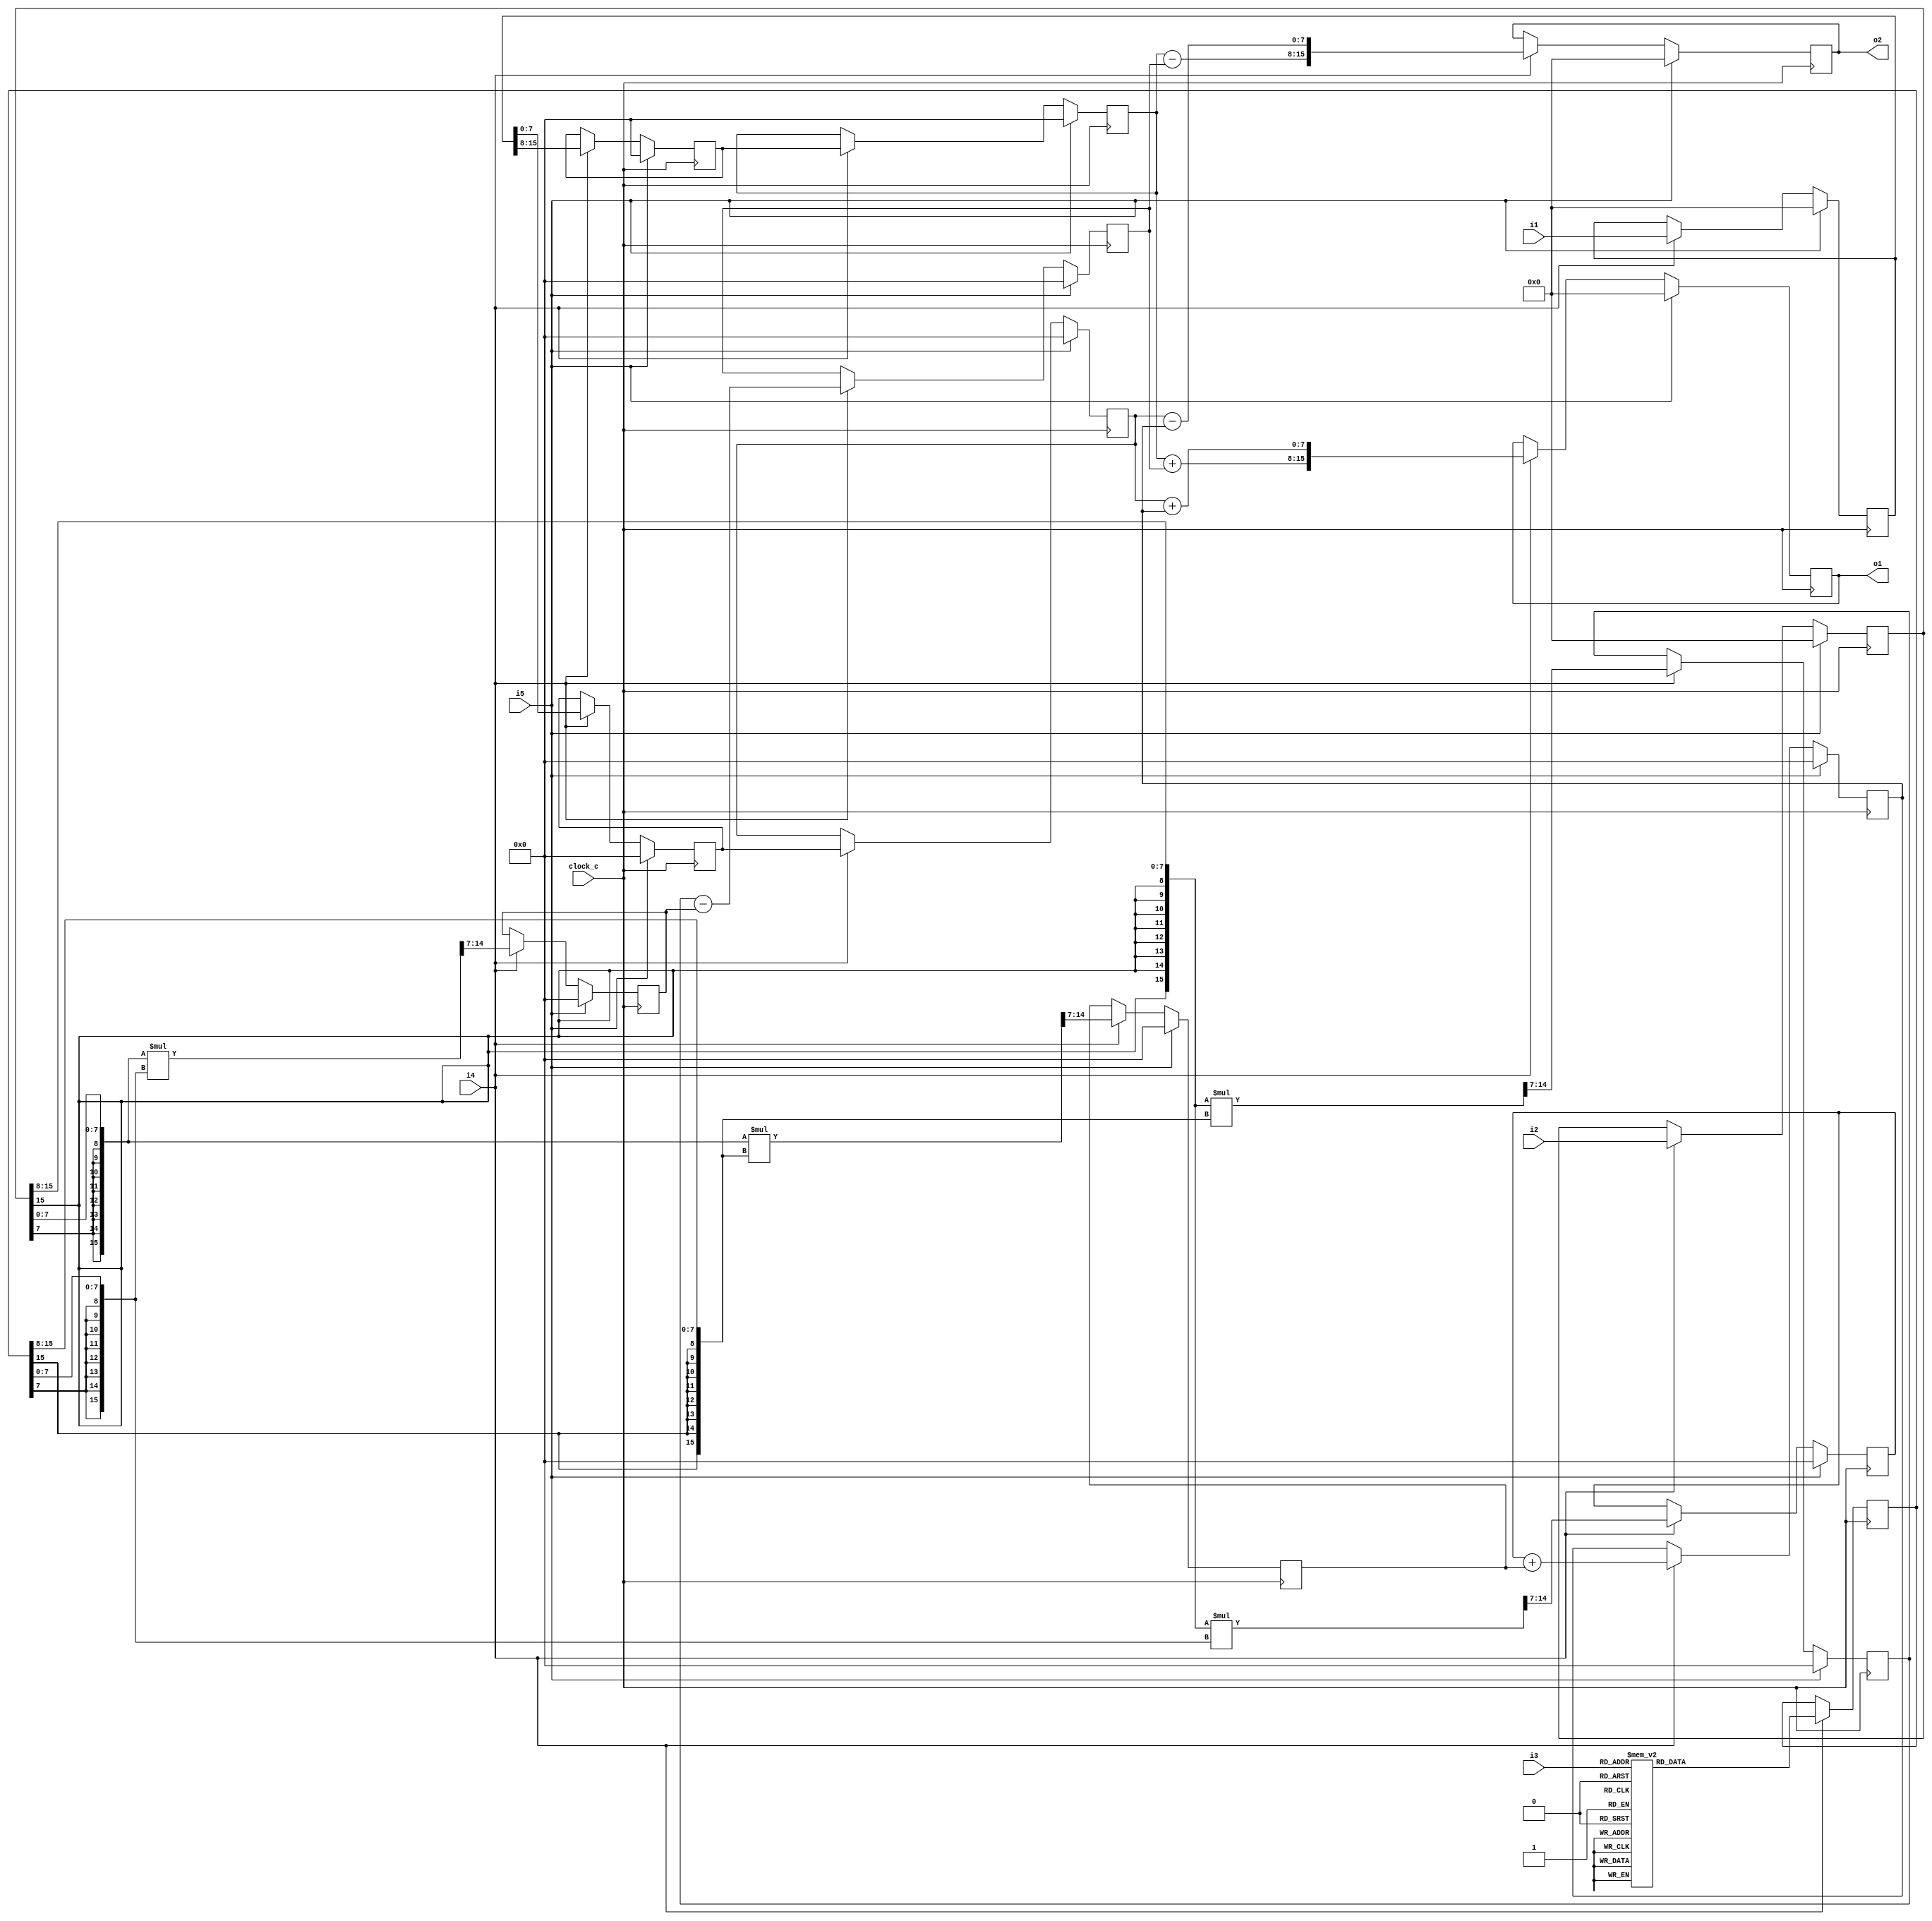
module cf_fft_1024_8_20 (clock_c, i1, i2, i3, i4, i5, o1, o2);
input  clock_c;
input  [15:0] i1;
input  [15:0] i2;
input  [7:0] i3;
input  i4;
input  i5;
output [15:0] o1;
output [15:0] o2;
reg    [15:0] n1;
wire   [7:0] n2;
wire   [7:0] n3;
reg    [15:0] n4;
wire   [7:0] n5;
wire   [7:0] n6;
reg    [7:0] n7;
reg    [7:0] n8;
reg    [7:0] n9;
reg    [7:0] n10;
reg    [15:0] n11;
wire   [7:0] n12;
wire   [7:0] n13;
wire   [15:0] n14;
wire   [7:0] n15;
reg    [7:0] n16;
wire   [15:0] n17;
wire   [7:0] n18;
reg    [7:0] n19;
wire   [7:0] n20;
reg    [7:0] n21;
wire   [15:0] n22;
wire   [7:0] n23;
reg    [7:0] n24;
wire   [15:0] n25;
wire   [7:0] n26;
reg    [7:0] n27;
wire   [7:0] n28;
reg    [7:0] n29;
wire   [7:0] n30;
wire   [7:0] n31;
wire   [15:0] n32;
reg    [15:0] n33;
wire   [7:0] n34;
wire   [7:0] n35;
wire   [15:0] n36;
reg    [15:0] n37;
initial n1 = 16'b0000000000000000;
always @ (posedge clock_c)
  if (i5 == 1'b1)
    n1 <= 16'b0000000000000000;
  else if (i4 == 1'b1)
    n1 <= i1;
assign n2 = {n1[15],
  n1[14],
  n1[13],
  n1[12],
  n1[11],
  n1[10],
  n1[9],
  n1[8]};
assign n3 = {n1[7],
  n1[6],
  n1[5],
  n1[4],
  n1[3],
  n1[2],
  n1[1],
  n1[0]};
initial n4 = 16'b0000000000000000;
always @ (posedge clock_c)
  if (i5 == 1'b1)
    n4 <= 16'b0000000000000000;
  else if (i4 == 1'b1)
    n4 <= i2;
assign n5 = {n4[15],
  n4[14],
  n4[13],
  n4[12],
  n4[11],
  n4[10],
  n4[9],
  n4[8]};
assign n6 = {n4[7],
  n4[6],
  n4[5],
  n4[4],
  n4[3],
  n4[2],
  n4[1],
  n4[0]};
initial n7 = 8'b00000000;
always @ (posedge clock_c)
  if (i5 == 1'b1)
    n7 <= 8'b00000000;
  else if (i4 == 1'b1)
    n7 <= n2;
initial n8 = 8'b00000000;
always @ (posedge clock_c)
  if (i5 == 1'b1)
    n8 <= 8'b00000000;
  else if (i4 == 1'b1)
    n8 <= n7;
initial n9 = 8'b00000000;
always @ (posedge clock_c)
  if (i5 == 1'b1)
    n9 <= 8'b00000000;
  else if (i4 == 1'b1)
    n9 <= n3;
initial n10 = 8'b00000000;
always @ (posedge clock_c)
  if (i5 == 1'b1)
    n10 <= 8'b00000000;
  else if (i4 == 1'b1)
    n10 <= n9;
initial n11 = 16'b0000000000000000;
always @ (posedge clock_c)
  if (i4 == 1'b1)
    case (i3)
      8'b00000000 : n11 <= 16'b0111111100000000;
      8'b00000001 : n11 <= 16'b0111111111111110;
      8'b00000010 : n11 <= 16'b0111111111111100;
      8'b00000011 : n11 <= 16'b0111111111111011;
      8'b00000100 : n11 <= 16'b0111111111111001;
      8'b00000101 : n11 <= 16'b0111111111111000;
      8'b00000110 : n11 <= 16'b0111111111110110;
      8'b00000111 : n11 <= 16'b0111111111110101;
      8'b00001000 : n11 <= 16'b0111111111110011;
      8'b00001001 : n11 <= 16'b0111111111110001;
      8'b00001010 : n11 <= 16'b0111111111110000;
      8'b00001011 : n11 <= 16'b0111111011101110;
      8'b00001100 : n11 <= 16'b0111111011101101;
      8'b00001101 : n11 <= 16'b0111111011101011;
      8'b00001110 : n11 <= 16'b0111111011101010;
      8'b00001111 : n11 <= 16'b0111110111101000;
      8'b00010000 : n11 <= 16'b0111110111100111;
      8'b00010001 : n11 <= 16'b0111110111100101;
      8'b00010010 : n11 <= 16'b0111110011100011;
      8'b00010011 : n11 <= 16'b0111110011100010;
      8'b00010100 : n11 <= 16'b0111110011100000;
      8'b00010101 : n11 <= 16'b0111101111011111;
      8'b00010110 : n11 <= 16'b0111101111011101;
      8'b00010111 : n11 <= 16'b0111101011011100;
      8'b00011000 : n11 <= 16'b0111101011011010;
      8'b00011001 : n11 <= 16'b0111101011011001;
      8'b00011010 : n11 <= 16'b0111100111010111;
      8'b00011011 : n11 <= 16'b0111100111010110;
      8'b00011100 : n11 <= 16'b0111100011010100;
      8'b00011101 : n11 <= 16'b0111011111010011;
      8'b00011110 : n11 <= 16'b0111011111010001;
      8'b00011111 : n11 <= 16'b0111011011010000;
      8'b00100000 : n11 <= 16'b0111011011001111;
      8'b00100001 : n11 <= 16'b0111010111001101;
      8'b00100010 : n11 <= 16'b0111010111001100;
      8'b00100011 : n11 <= 16'b0111010011001010;
      8'b00100100 : n11 <= 16'b0111001111001001;
      8'b00100101 : n11 <= 16'b0111001111000111;
      8'b00100110 : n11 <= 16'b0111001011000110;
      8'b00100111 : n11 <= 16'b0111000111000101;
      8'b00101000 : n11 <= 16'b0111000011000011;
      8'b00101001 : n11 <= 16'b0111000011000010;
      8'b00101010 : n11 <= 16'b0110111111000000;
      8'b00101011 : n11 <= 16'b0110111010111111;
      8'b00101100 : n11 <= 16'b0110110110111110;
      8'b00101101 : n11 <= 16'b0110110010111100;
      8'b00101110 : n11 <= 16'b0110110010111011;
      8'b00101111 : n11 <= 16'b0110101110111010;
      8'b00110000 : n11 <= 16'b0110101010111000;
      8'b00110001 : n11 <= 16'b0110100110110111;
      8'b00110010 : n11 <= 16'b0110100010110110;
      8'b00110011 : n11 <= 16'b0110011110110101;
      8'b00110100 : n11 <= 16'b0110011010110011;
      8'b00110101 : n11 <= 16'b0110010110110010;
      8'b00110110 : n11 <= 16'b0110010010110001;
      8'b00110111 : n11 <= 16'b0110001110110000;
      8'b00111000 : n11 <= 16'b0110001010101110;
      8'b00111001 : n11 <= 16'b0110000110101101;
      8'b00111010 : n11 <= 16'b0110000010101100;
      8'b00111011 : n11 <= 16'b0101111110101011;
      8'b00111100 : n11 <= 16'b0101111010101010;
      8'b00111101 : n11 <= 16'b0101110110101000;
      8'b00111110 : n11 <= 16'b0101110010100111;
      8'b00111111 : n11 <= 16'b0101101110100110;
      8'b01000000 : n11 <= 16'b0101101010100101;
      8'b01000001 : n11 <= 16'b0101100110100100;
      8'b01000010 : n11 <= 16'b0101100010100011;
      8'b01000011 : n11 <= 16'b0101011110100010;
      8'b01000100 : n11 <= 16'b0101010110100001;
      8'b01000101 : n11 <= 16'b0101010010100000;
      8'b01000110 : n11 <= 16'b0101001110011111;
      8'b01000111 : n11 <= 16'b0101001010011110;
      8'b01001000 : n11 <= 16'b0101000110011101;
      8'b01001001 : n11 <= 16'b0100111110011100;
      8'b01001010 : n11 <= 16'b0100111010011011;
      8'b01001011 : n11 <= 16'b0100110110011010;
      8'b01001100 : n11 <= 16'b0100110010011001;
      8'b01001101 : n11 <= 16'b0100101010011000;
      8'b01001110 : n11 <= 16'b0100100110010111;
      8'b01001111 : n11 <= 16'b0100100010010110;
      8'b01010000 : n11 <= 16'b0100011110010101;
      8'b01010001 : n11 <= 16'b0100010110010100;
      8'b01010010 : n11 <= 16'b0100010010010011;
      8'b01010011 : n11 <= 16'b0100001110010011;
      8'b01010100 : n11 <= 16'b0100000110010010;
      8'b01010101 : n11 <= 16'b0100000010010001;
      8'b01010110 : n11 <= 16'b0011111110010000;
      8'b01010111 : n11 <= 16'b0011110110001111;
      8'b01011000 : n11 <= 16'b0011110010001111;
      8'b01011001 : n11 <= 16'b0011101010001110;
      8'b01011010 : n11 <= 16'b0011100110001101;
      8'b01011011 : n11 <= 16'b0011100010001100;
      8'b01011100 : n11 <= 16'b0011011010001100;
      8'b01011101 : n11 <= 16'b0011010110001011;
      8'b01011110 : n11 <= 16'b0011001110001010;
      8'b01011111 : n11 <= 16'b0011001010001010;
      8'b01100000 : n11 <= 16'b0011000010001001;
      8'b01100001 : n11 <= 16'b0010111110001001;
      8'b01100010 : n11 <= 16'b0010111010001000;
      8'b01100011 : n11 <= 16'b0010110010001000;
      8'b01100100 : n11 <= 16'b0010101110000111;
      8'b01100101 : n11 <= 16'b0010100110000110;
      8'b01100110 : n11 <= 16'b0010100010000110;
      8'b01100111 : n11 <= 16'b0010011010000101;
      8'b01101000 : n11 <= 16'b0010010110000101;
      8'b01101001 : n11 <= 16'b0010001110000101;
      8'b01101010 : n11 <= 16'b0010001010000100;
      8'b01101011 : n11 <= 16'b0010000010000100;
      8'b01101100 : n11 <= 16'b0001111110000011;
      8'b01101101 : n11 <= 16'b0001110110000011;
      8'b01101110 : n11 <= 16'b0001110010000011;
      8'b01101111 : n11 <= 16'b0001101010000010;
      8'b01110000 : n11 <= 16'b0001100010000010;
      8'b01110001 : n11 <= 16'b0001011110000010;
      8'b01110010 : n11 <= 16'b0001010110000001;
      8'b01110011 : n11 <= 16'b0001010010000001;
      8'b01110100 : n11 <= 16'b0001001010000001;
      8'b01110101 : n11 <= 16'b0001000110000001;
      8'b01110110 : n11 <= 16'b0000111110000000;
      8'b01110111 : n11 <= 16'b0000111010000000;
      8'b01111000 : n11 <= 16'b0000110010000000;
      8'b01111001 : n11 <= 16'b0000101010000000;
      8'b01111010 : n11 <= 16'b0000100110000000;
      8'b01111011 : n11 <= 16'b0000011110000000;
      8'b01111100 : n11 <= 16'b0000011010000000;
      8'b01111101 : n11 <= 16'b0000010010000000;
      8'b01111110 : n11 <= 16'b0000001110000000;
      8'b01111111 : n11 <= 16'b0000000110000000;
      8'b10000000 : n11 <= 16'b0000000010000000;
      8'b10000001 : n11 <= 16'b1111111010000000;
      8'b10000010 : n11 <= 16'b1111110010000000;
      8'b10000011 : n11 <= 16'b1111101110000000;
      8'b10000100 : n11 <= 16'b1111100110000000;
      8'b10000101 : n11 <= 16'b1111100010000000;
      8'b10000110 : n11 <= 16'b1111011010000000;
      8'b10000111 : n11 <= 16'b1111010110000000;
      8'b10001000 : n11 <= 16'b1111001110000000;
      8'b10001001 : n11 <= 16'b1111000110000000;
      8'b10001010 : n11 <= 16'b1111000010000000;
      8'b10001011 : n11 <= 16'b1110111010000001;
      8'b10001100 : n11 <= 16'b1110110110000001;
      8'b10001101 : n11 <= 16'b1110101110000001;
      8'b10001110 : n11 <= 16'b1110101010000001;
      8'b10001111 : n11 <= 16'b1110100010000010;
      8'b10010000 : n11 <= 16'b1110011110000010;
      8'b10010001 : n11 <= 16'b1110010110000010;
      8'b10010010 : n11 <= 16'b1110001110000011;
      8'b10010011 : n11 <= 16'b1110001010000011;
      8'b10010100 : n11 <= 16'b1110000010000011;
      8'b10010101 : n11 <= 16'b1101111110000100;
      8'b10010110 : n11 <= 16'b1101110110000100;
      8'b10010111 : n11 <= 16'b1101110010000101;
      8'b10011000 : n11 <= 16'b1101101010000101;
      8'b10011001 : n11 <= 16'b1101100110000101;
      8'b10011010 : n11 <= 16'b1101011110000110;
      8'b10011011 : n11 <= 16'b1101011010000110;
      8'b10011100 : n11 <= 16'b1101010010000111;
      8'b10011101 : n11 <= 16'b1101001110001000;
      8'b10011110 : n11 <= 16'b1101000110001000;
      8'b10011111 : n11 <= 16'b1101000010001001;
      8'b10100000 : n11 <= 16'b1100111110001001;
      8'b10100001 : n11 <= 16'b1100110110001010;
      8'b10100010 : n11 <= 16'b1100110010001010;
      8'b10100011 : n11 <= 16'b1100101010001011;
      8'b10100100 : n11 <= 16'b1100100110001100;
      8'b10100101 : n11 <= 16'b1100011110001100;
      8'b10100110 : n11 <= 16'b1100011010001101;
      8'b10100111 : n11 <= 16'b1100010110001110;
      8'b10101000 : n11 <= 16'b1100001110001111;
      8'b10101001 : n11 <= 16'b1100001010001111;
      8'b10101010 : n11 <= 16'b1100000010010000;
      8'b10101011 : n11 <= 16'b1011111110010001;
      8'b10101100 : n11 <= 16'b1011111010010010;
      8'b10101101 : n11 <= 16'b1011110010010011;
      8'b10101110 : n11 <= 16'b1011101110010011;
      8'b10101111 : n11 <= 16'b1011101010010100;
      8'b10110000 : n11 <= 16'b1011100010010101;
      8'b10110001 : n11 <= 16'b1011011110010110;
      8'b10110010 : n11 <= 16'b1011011010010111;
      8'b10110011 : n11 <= 16'b1011010110011000;
      8'b10110100 : n11 <= 16'b1011001110011001;
      8'b10110101 : n11 <= 16'b1011001010011010;
      8'b10110110 : n11 <= 16'b1011000110011011;
      8'b10110111 : n11 <= 16'b1011000010011100;
      8'b10111000 : n11 <= 16'b1010111010011101;
      8'b10111001 : n11 <= 16'b1010110110011110;
      8'b10111010 : n11 <= 16'b1010110010011111;
      8'b10111011 : n11 <= 16'b1010101110100000;
      8'b10111100 : n11 <= 16'b1010101010100001;
      8'b10111101 : n11 <= 16'b1010100010100010;
      8'b10111110 : n11 <= 16'b1010011110100011;
      8'b10111111 : n11 <= 16'b1010011010100100;
      8'b11000000 : n11 <= 16'b1010010110100101;
      8'b11000001 : n11 <= 16'b1010010010100110;
      8'b11000010 : n11 <= 16'b1010001110100111;
      8'b11000011 : n11 <= 16'b1010001010101000;
      8'b11000100 : n11 <= 16'b1010000110101010;
      8'b11000101 : n11 <= 16'b1010000010101011;
      8'b11000110 : n11 <= 16'b1001111110101100;
      8'b11000111 : n11 <= 16'b1001111010101101;
      8'b11001000 : n11 <= 16'b1001110110101110;
      8'b11001001 : n11 <= 16'b1001110010110000;
      8'b11001010 : n11 <= 16'b1001101110110001;
      8'b11001011 : n11 <= 16'b1001101010110010;
      8'b11001100 : n11 <= 16'b1001100110110011;
      8'b11001101 : n11 <= 16'b1001100010110101;
      8'b11001110 : n11 <= 16'b1001011110110110;
      8'b11001111 : n11 <= 16'b1001011010110111;
      8'b11010000 : n11 <= 16'b1001010110111000;
      8'b11010001 : n11 <= 16'b1001010010111010;
      8'b11010010 : n11 <= 16'b1001001110111011;
      8'b11010011 : n11 <= 16'b1001001110111100;
      8'b11010100 : n11 <= 16'b1001001010111110;
      8'b11010101 : n11 <= 16'b1001000110111111;
      8'b11010110 : n11 <= 16'b1001000011000000;
      8'b11010111 : n11 <= 16'b1000111111000010;
      8'b11011000 : n11 <= 16'b1000111111000011;
      8'b11011001 : n11 <= 16'b1000111011000101;
      8'b11011010 : n11 <= 16'b1000110111000110;
      8'b11011011 : n11 <= 16'b1000110011000111;
      8'b11011100 : n11 <= 16'b1000110011001001;
      8'b11011101 : n11 <= 16'b1000101111001010;
      8'b11011110 : n11 <= 16'b1000101011001100;
      8'b11011111 : n11 <= 16'b1000101011001101;
      8'b11100000 : n11 <= 16'b1000100111001111;
      8'b11100001 : n11 <= 16'b1000100111010000;
      8'b11100010 : n11 <= 16'b1000100011010001;
      8'b11100011 : n11 <= 16'b1000100011010011;
      8'b11100100 : n11 <= 16'b1000011111010100;
      8'b11100101 : n11 <= 16'b1000011011010110;
      8'b11100110 : n11 <= 16'b1000011011010111;
      8'b11100111 : n11 <= 16'b1000010111011001;
      8'b11101000 : n11 <= 16'b1000010111011010;
      8'b11101001 : n11 <= 16'b1000010111011100;
      8'b11101010 : n11 <= 16'b1000010011011101;
      8'b11101011 : n11 <= 16'b1000010011011111;
      8'b11101100 : n11 <= 16'b1000001111100000;
      8'b11101101 : n11 <= 16'b1000001111100010;
      8'b11101110 : n11 <= 16'b1000001111100011;
      8'b11101111 : n11 <= 16'b1000001011100101;
      8'b11110000 : n11 <= 16'b1000001011100111;
      8'b11110001 : n11 <= 16'b1000001011101000;
      8'b11110010 : n11 <= 16'b1000000111101010;
      8'b11110011 : n11 <= 16'b1000000111101011;
      8'b11110100 : n11 <= 16'b1000000111101101;
      8'b11110101 : n11 <= 16'b1000000111101110;
      8'b11110110 : n11 <= 16'b1000000011110000;
      8'b11110111 : n11 <= 16'b1000000011110001;
      8'b11111000 : n11 <= 16'b1000000011110011;
      8'b11111001 : n11 <= 16'b1000000011110101;
      8'b11111010 : n11 <= 16'b1000000011110110;
      8'b11111011 : n11 <= 16'b1000000011111000;
      8'b11111100 : n11 <= 16'b1000000011111001;
      8'b11111101 : n11 <= 16'b1000000011111011;
      8'b11111110 : n11 <= 16'b1000000011111100;
      8'b11111111 : n11 <= 16'b1000000011111110;
      default : n11 <= 16'bxxxxxxxxxxxxxxxx;
    endcase
assign n12 = {n11[15],
  n11[14],
  n11[13],
  n11[12],
  n11[11],
  n11[10],
  n11[9],
  n11[8]};
assign n13 = {n11[7],
  n11[6],
  n11[5],
  n11[4],
  n11[3],
  n11[2],
  n11[1],
  n11[0]};
assign n14 = {{8{n5[7]}}, n5} * {{8{n12[7]}}, n12};
assign n15 = {n14[14],
  n14[13],
  n14[12],
  n14[11],
  n14[10],
  n14[9],
  n14[8],
  n14[7]};
initial n16 = 8'b00000000;
always @ (posedge clock_c)
  if (i5 == 1'b1)
    n16 <= 8'b00000000;
  else if (i4 == 1'b1)
    n16 <= n15;
assign n17 = {{8{n6[7]}}, n6} * {{8{n13[7]}}, n13};
assign n18 = {n17[14],
  n17[13],
  n17[12],
  n17[11],
  n17[10],
  n17[9],
  n17[8],
  n17[7]};
initial n19 = 8'b00000000;
always @ (posedge clock_c)
  if (i5 == 1'b1)
    n19 <= 8'b00000000;
  else if (i4 == 1'b1)
    n19 <= n18;
assign n20 = n16 - n19;
initial n21 = 8'b00000000;
always @ (posedge clock_c)
  if (i5 == 1'b1)
    n21 <= 8'b00000000;
  else if (i4 == 1'b1)
    n21 <= n20;
assign n22 = {{8{n5[7]}}, n5} * {{8{n13[7]}}, n13};
assign n23 = {n22[14],
  n22[13],
  n22[12],
  n22[11],
  n22[10],
  n22[9],
  n22[8],
  n22[7]};
initial n24 = 8'b00000000;
always @ (posedge clock_c)
  if (i5 == 1'b1)
    n24 <= 8'b00000000;
  else if (i4 == 1'b1)
    n24 <= n23;
assign n25 = {{8{n6[7]}}, n6} * {{8{n12[7]}}, n12};
assign n26 = {n25[14],
  n25[13],
  n25[12],
  n25[11],
  n25[10],
  n25[9],
  n25[8],
  n25[7]};
initial n27 = 8'b00000000;
always @ (posedge clock_c)
  if (i5 == 1'b1)
    n27 <= 8'b00000000;
  else if (i4 == 1'b1)
    n27 <= n26;
assign n28 = n24 + n27;
initial n29 = 8'b00000000;
always @ (posedge clock_c)
  if (i5 == 1'b1)
    n29 <= 8'b00000000;
  else if (i4 == 1'b1)
    n29 <= n28;
assign n30 = n8 + n21;
assign n31 = n10 + n29;
assign n32 = {n30, n31};
initial n33 = 16'b0000000000000000;
always @ (posedge clock_c)
  if (i5 == 1'b1)
    n33 <= 16'b0000000000000000;
  else if (i4 == 1'b1)
    n33 <= n32;
assign n34 = n8 - n21;
assign n35 = n10 - n29;
assign n36 = {n34, n35};
initial n37 = 16'b0000000000000000;
always @ (posedge clock_c)
  if (i5 == 1'b1)
    n37 <= 16'b0000000000000000;
  else if (i4 == 1'b1)
    n37 <= n36;
assign o2 = n37;
assign o1 = n33;
endmodule